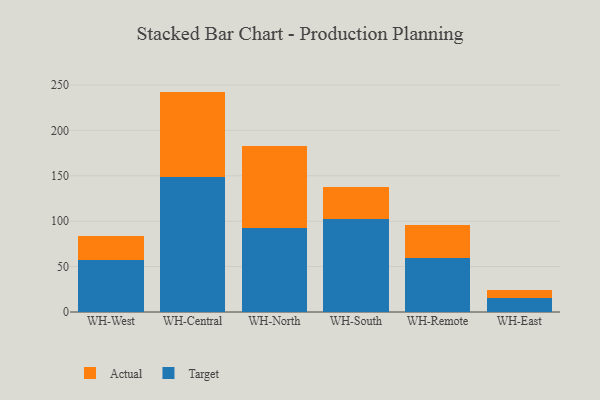
{"axis": {"x": "Warehouse", "y": "Gross Profit (USD K)"}, "legend": ["Actual", "Target"], "data": [{"x": "WH-West", "y": 57.7, "type": "Target"}, {"x": "WH-West", "y": 26.2, "type": "Actual"}, {"x": "WH-Central", "y": 148.2, "type": "Target"}, {"x": "WH-Central", "y": 94.5, "type": "Actual"}, {"x": "WH-North", "y": 92.5, "type": "Target"}, {"x": "WH-North", "y": 90.1, "type": "Actual"}, {"x": "WH-South", "y": 102.1, "type": "Target"}, {"x": "WH-South", "y": 35.1, "type": "Actual"}, {"x": "WH-Remote", "y": 59.1, "type": "Target"}, {"x": "WH-Remote", "y": 36.2, "type": "Actual"}, {"x": "WH-East", "y": 15.6, "type": "Target"}, {"x": "WH-East", "y": 8.3, "type": "Actual"}]}